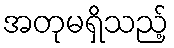
အတုမရှိသည့်